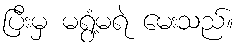
ပြီးမှ မရွံ့မရဲ မေးသည်။